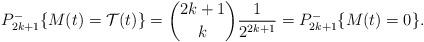
LaTeX: \begin{align*}P_{2k+1}^-\lbrace M(t) =\mathcal{T}(t) \rbrace = \binom{2k+1}{k}\frac{1}{2^{2k+1}} = P_{2k+1}^-\lbrace M(t) =0 \rbrace.\end{align*}